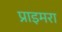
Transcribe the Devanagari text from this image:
प्राइमरा